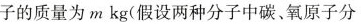
子的质量为m kg(假设两种分子中碳、氧原子分